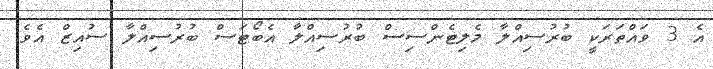
އެ 3 ވައްތަރަކީ ބުރުސިއްލާ މެލިޓެންސިސް ބުރުސިއްލާ އެބޯޓަސް ބުރުސިއްލާ ސުއިޒް އެވެ.